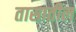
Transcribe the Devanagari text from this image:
तासातील